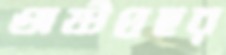
অষ্টপ্রহর